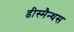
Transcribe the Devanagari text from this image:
डीस्मैन्थस